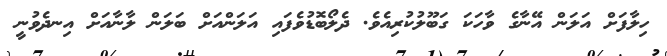
ހިލާފަށް އަލަން އޭނާގެ ވާހަކަ ގަބޫލުކުރިއެވެ. ދެލޯބޮޑުވެފައި އަލަންއަށް ބަލަން ލާނާއަށް އިނދެވުނީ